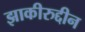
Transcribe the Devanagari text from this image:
झाकीरुद्दीन